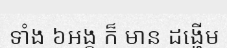
ទាំង ៦អង្គ ក៏ មាន ដង្ហើម